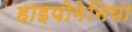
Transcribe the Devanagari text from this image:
हाइपोमेनिया